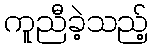
ကူညီခဲ့သည့်